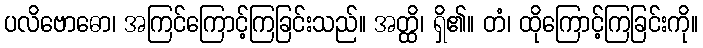
ပလိဗောဓော၊ အကြင်ကြောင့်ကြခြင်းသည်။ အတ္ထိ၊ ရှိ၏။ တံ၊ ထိုကြောင့်ကြခြင်းကို။